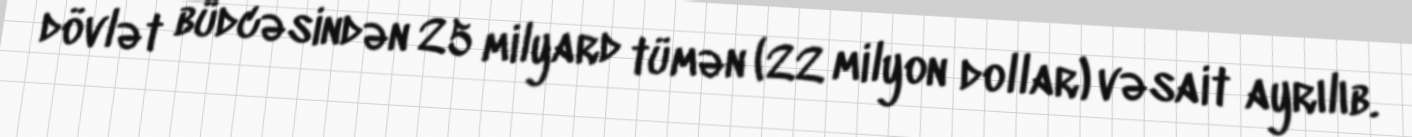
dövlət büdcəsindən 25 milyard tümən (22 milyon dollar) vəsait ayrılıb.